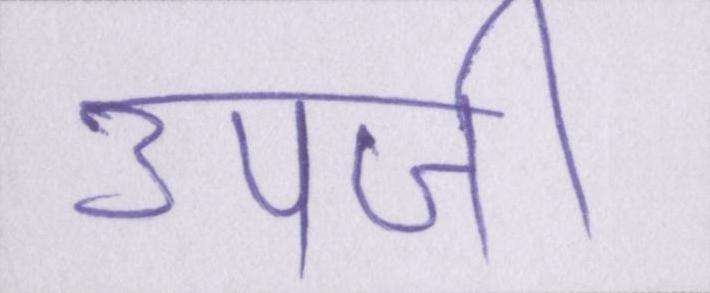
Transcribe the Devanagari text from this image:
उपजी